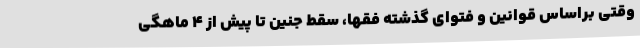
وقتی براساس قوانین و فتوای گذشته فقها، سقط جنین تا پیش از ۴ ماهگی